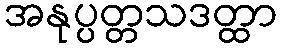
အနုပ္ပတ္တသဒတ္ထာ